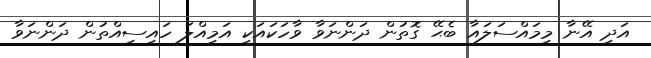
އަދި އޭނާ މިމައްސަލައާ ބެޙޭ ގޮތުން ދަންނަވާ ވާހަކައަކީ އަމިއްލަ ހައިސިއްތުން ދަންނަވާ